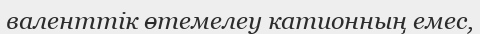
валенттік өтемелеу катионның емес,